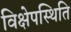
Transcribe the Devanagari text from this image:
विक्षेपस्थिति